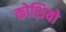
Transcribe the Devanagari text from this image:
कोशियो